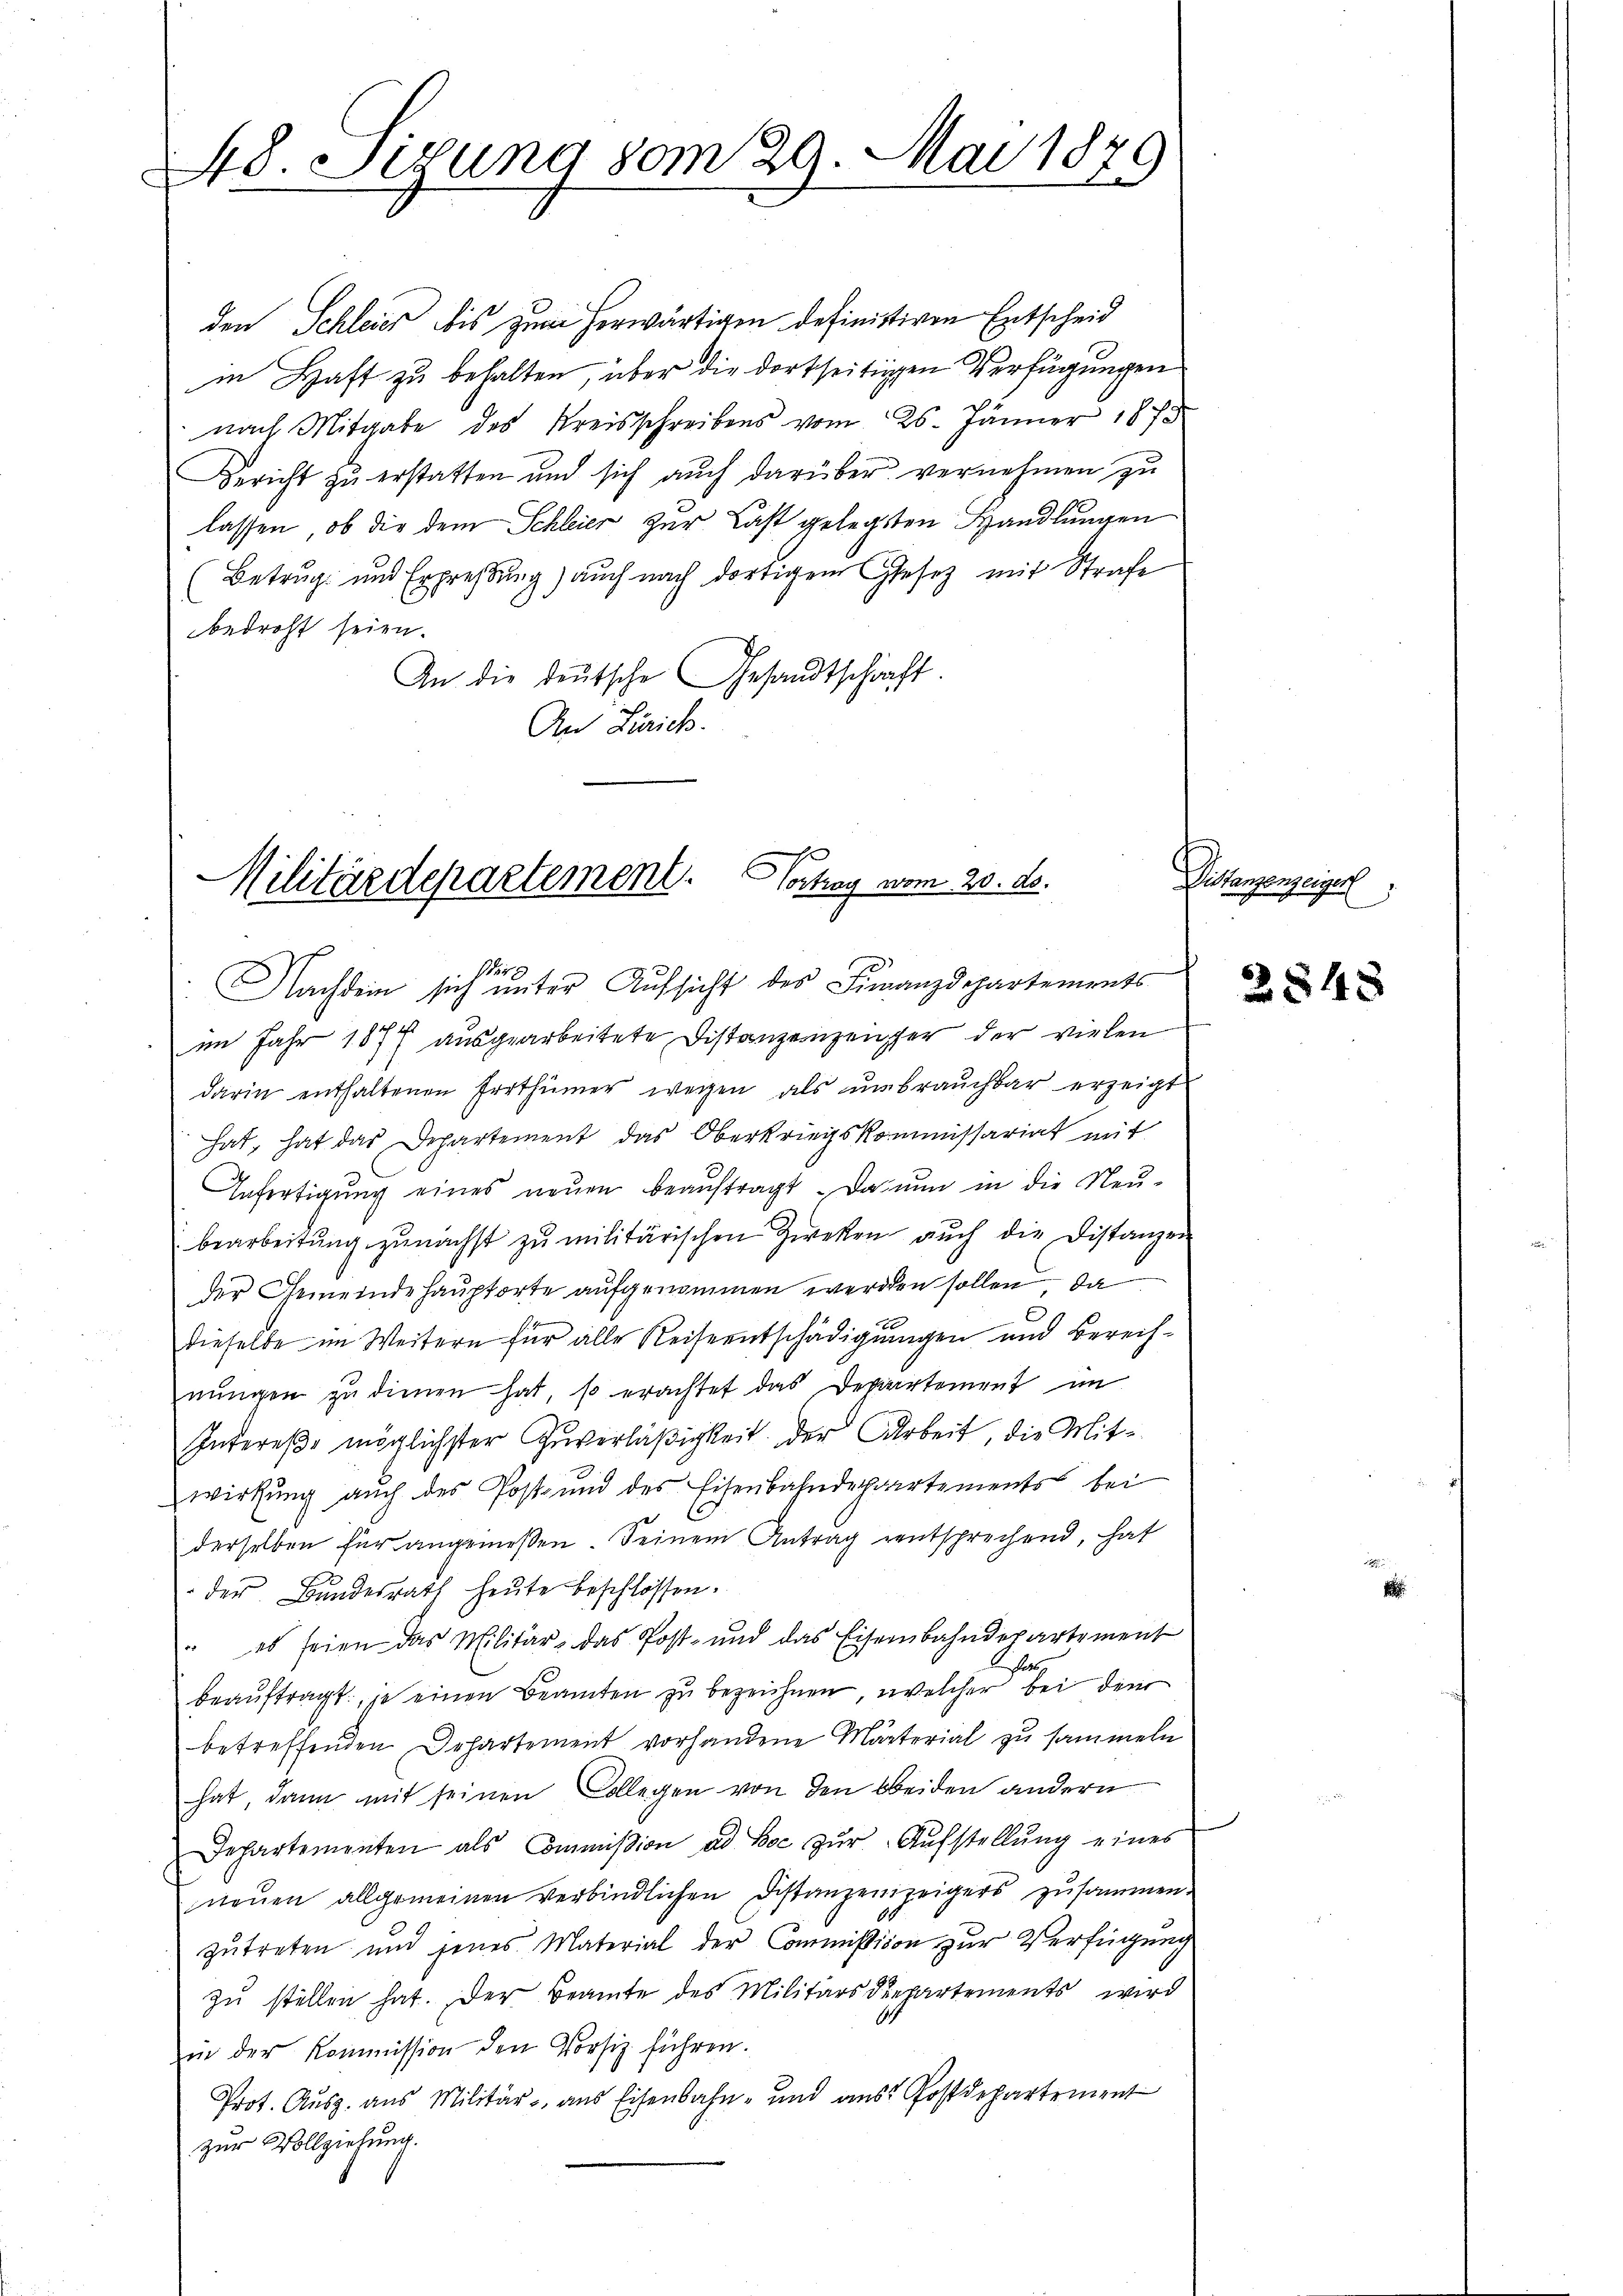
48. Sizung vom 29. Mai 18
17.

den Schleies bis zum herwärtigen definitiven Entscheid
in Haft zu behalten, über die dortseitigen Verfügungen
nach Mitgabe des Kreisschreibens vom 25. Jänner 1873
Bericht zu erstatten und sich auch darüber vernehmen zu
lassen, ob die dem Schleier zur Last gelegten Handlungen
Betrug und Erpressung) auch nach dortigem Gesetz mit Strafe
bedroht seien.
An die deutsche Gesandtschaft.
An Zürich.

Militärdepartement. Vortrag vom 20. ds.
Nachdem sich unter Aufsicht des Finanzdepartements

im Jahr 1877 ausgearbeitete Distanzenzeuger der vielen
darin enthaltenen Errthümer wegen als ŭnbraŭchbar erzeigt
hat, hat das Departement das Oberkriegskommissariat mit
Enfertigung eines neuen beauftragt. Da nun in die Neubearbeitŭng zunächst zŭ militärischen Zwecken auch die Distanzei
der Gemeindehauptorte aufgenommen werden sollen, da
dieselbe im Weitern für alle Reiseentschädigungen und Bereifnŭngen zŭ dienen hat, so erachtet das Departement im
Intereße möglichster Zuverläßigkeit der Arbeit, die Mit-
wirkung auch des Post- und des Eisenbahndepartements bei
derselben für angemeßen Seinem Antrag entsprechend, hat
der Bundesrath heute beschlossen.
" es seien das Militär- das Post- und das Eisenbahndepartement
beaŭftragt, je einen Beamten zŭ bezeichnen, welcher bei dem
betreffenden Departement vorhandene Marterial zu sammeln
hat, dann mit seinen Collegen von den beiden andern
Departementen als Commission ad hoc zŭr Aŭfstellŭng eines
neuen allgemeinen verbindlichen Distanzenzeigers zusammen.
zutreten und jenes Material der Commission zur Verfügung
zŭ stellen hat. Der Beamte des Militärs departements wird
in der Kommission den Vorsiz führen.
Prot. Ausz. aus Militär, aus Eisenbahn- und aus Postdepartement
zur Vollziehung.

Pliterenzeiger

2848